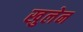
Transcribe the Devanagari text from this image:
खुलेन